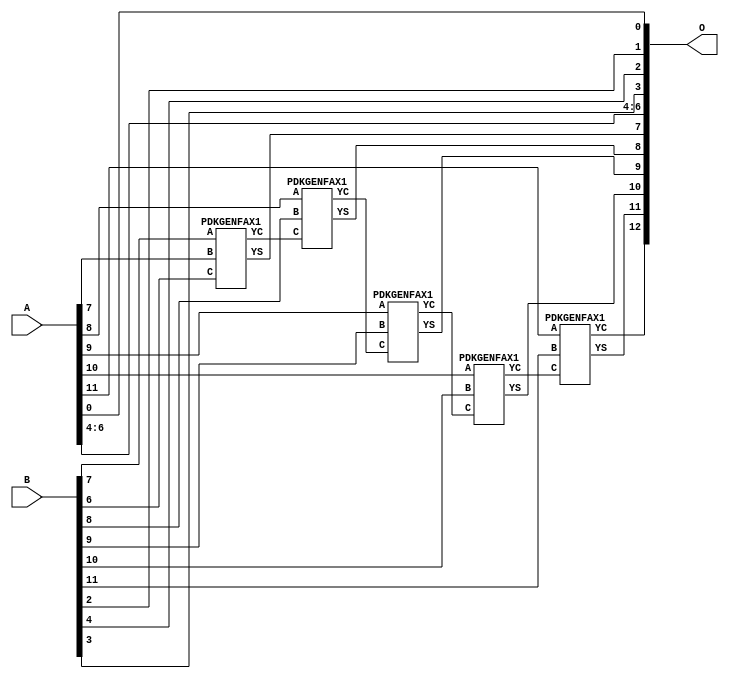
/***
* This code is a part of EvoApproxLib library (ehw.fit.vutbr.cz/approxlib) distributed under The MIT License.
* When used, please cite the following article(s): PRABAKARAN B. S., MRAZEK V., VASICEK Z., SEKANINA L., SHAFIQUE M. ApproxFPGAs: Embracing ASIC-based Approximate Arithmetic Components for FPGA-Based Systems. DAC 2020. 
***/
// MAE% = 0.39 %
// MAE = 32 
// WCE% = 0.78 %
// WCE = 64 
// WCRE% = 100.00 %
// EP% = 99.80 %
// MRE% = 1.08 %
// MSE = 1340 
// FPGA_POWER = 0.33
// FPGA_DELAY = 7.6
// FPGA_LUT = 5.0

module add12u_0KX(A, B, O);
  input [11:0] A, B;
  output [12:0] O;
  wire n_415, n_414, n_271, n_36, n_42, n_37, n_314, n_315, n_23, n_22;
  wire n_21, n_20, n_27, n_26, n_25, n_24, n_270, n_248, n_29, n_28;
  wire n_348, n_249, n_381, n_380, n_327, n_326, n_349, n_39, n_38, n_8;
  wire n_9, n_4, n_5, n_6, n_7, n_0, n_1, n_2, n_3, n_30;
  wire n_31, n_32, n_33, n_34, n_35, n_18, n_19, n_16, n_17, n_14;
  wire n_15, n_12, n_13, n_10, n_11, n_45, n_44, n_43, n_47, n_46;
  wire n_41, n_40;
  assign n_0 = A[0];
  assign n_1 = A[0];
  assign n_2 = A[1];
  assign n_3 = A[1];
  assign n_4 = A[2];
  assign n_5 = A[2];
  assign n_6 = A[3];
  assign n_7 = A[3];
  assign n_8 = A[4];
  assign n_9 = A[4];
  assign n_10 = A[5];
  assign n_11 = A[5];
  assign n_12 = A[6];
  assign n_13 = A[6];
  assign n_14 = A[7];
  assign n_15 = A[7];
  assign n_16 = A[8];
  assign n_17 = A[8];
  assign n_18 = A[9];
  assign n_19 = A[9];
  assign n_20 = A[10];
  assign n_21 = A[10];
  assign n_22 = A[11];
  assign n_23 = A[11];
  assign n_24 = B[0];
  assign n_25 = B[0];
  assign n_26 = B[1];
  assign n_27 = B[1];
  assign n_28 = B[2];
  assign n_29 = B[2];
  assign n_30 = B[3];
  assign n_31 = B[3];
  assign n_32 = B[4];
  assign n_33 = B[4];
  assign n_34 = B[5];
  assign n_35 = B[5];
  assign n_36 = B[6];
  assign n_37 = B[6];
  assign n_38 = B[7];
  assign n_39 = B[7];
  assign n_40 = B[8];
  assign n_41 = B[8];
  assign n_42 = B[9];
  assign n_43 = B[9];
  assign n_44 = B[10];
  assign n_45 = B[10];
  assign n_46 = B[11];
  assign n_47 = B[11];
  PDKGENFAX1 tmp59(.YS(n_248), .YC(n_249), .A(n_38), .B(n_14), .C(n_36));
  assign n_270 = n_249;
  assign n_271 = n_270;
  PDKGENFAX1 tmp62(.YS(n_314), .YC(n_315), .A(n_16), .B(n_40), .C(n_271));
  assign n_326 = n_315;
  assign n_327 = n_326;
  PDKGENFAX1 tmp65(.YS(n_348), .YC(n_349), .A(n_18), .B(n_42), .C(n_327));
  PDKGENFAX1 tmp66(.YS(n_380), .YC(n_381), .A(n_20), .B(n_44), .C(n_349));
  PDKGENFAX1 tmp67(.YS(n_414), .YC(n_415), .A(n_22), .B(n_46), .C(n_381));
  assign O[0] = n_0;
  assign O[1] = n_28;
  assign O[2] = n_32;
  assign O[3] = n_30;
  assign O[4] = n_8;
  assign O[5] = n_10;
  assign O[6] = n_12;
  assign O[7] = n_248;
  assign O[8] = n_314;
  assign O[9] = n_348;
  assign O[10] = n_380;
  assign O[11] = n_414;
  assign O[12] = n_415;
endmodule

/* mod */
module PDKGENFAX1( input A, input B, input C, output YS, output YC );
    assign YS = (A ^ B) ^ C;
    assign YC = (A & B) | (B & C) | (A & C);
endmodule